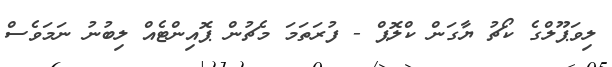
ލިވަޕޫލްގެ ކޯޗު ޔާގަން ކްލޮޕް - ފުރަތަމަ މެޗުން ޕޮއިންޓެއް ލިބުނު ނަމަވެސް